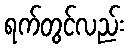
ရက်တွင်လည်း